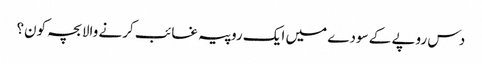
دس روپے کے سودے میں ایک روپیہ غائب کرنے والا بچہ کون؟